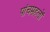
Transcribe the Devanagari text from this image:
पांचमहलों